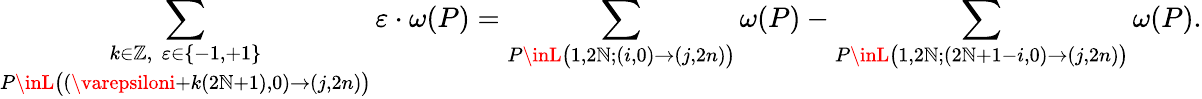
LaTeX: \underset{P\inL\big((\varepsiloni+k(2\mathbb{N}+1),0)\to(j,2n)\big)}{\sum_{k\in\mathbb{Z},\, \, \varepsilon\in\{ -1,+1\} }}\varepsilon\cdot\omega(P)=\sum_{P\inL\big(1,2\mathbb{N};(i,0)\to(j,2n)\big)}\omega(P)-\sum_{P\inL\big(1,2\mathbb{N};(2\mathbb{N}+1-i,0)\to(j,2n)\big)}\omega(P).